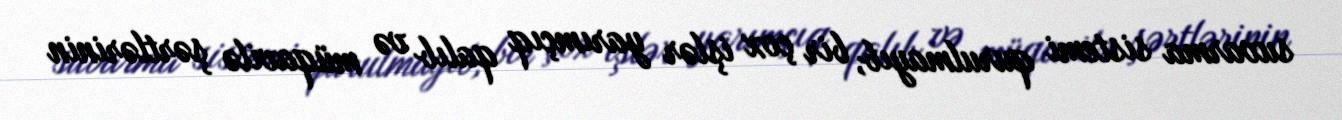
suvarma sistemi qurulmayıb, bir çox işlər yarımçıq qalıb və müqavilə şərtlərinin